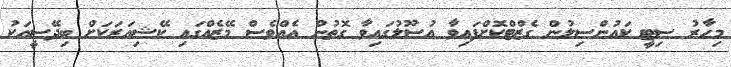
މިހާރު ސިޓީ ކައުންސިލުން ގެޒްޓްކޮށްފައިވާ އުސޫލުގައިވާ ގޮތުން އެއްވެސް މޭޒެއްގައި ކޭޝިއަރަކަށް ބިދޭސީއަކު